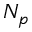
N _ { p }